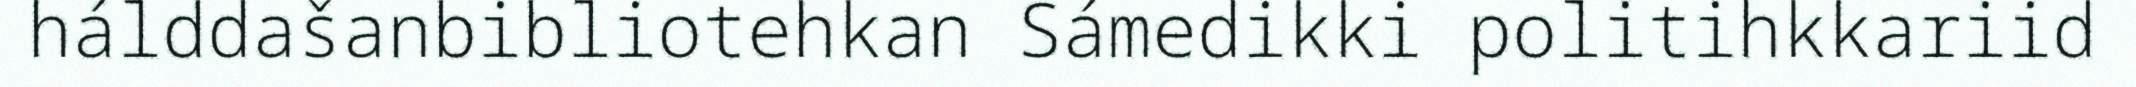
hálddašanbibliotehkan Sámedikki politihkkariid